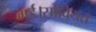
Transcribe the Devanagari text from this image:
गई।सोवियत